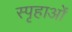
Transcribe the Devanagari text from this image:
स्पृहाओं